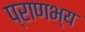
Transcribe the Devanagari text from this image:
प्राणभ्य